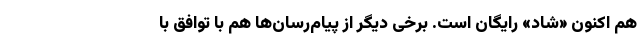
هم اکنون «شاد» رایگان است. برخی دیگر از پیام‌رسان‌ها هم با توافق با